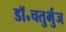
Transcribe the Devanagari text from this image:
डॉ॰चतुर्भुज